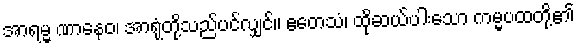
အာရမ္မ ဏာနေဝ၊ အာရုံတို့သည်ပင်လျှင်။ ဧတေသံ၊ ထိုဆယ်ပါးသော ကမ္မပထတို့၏